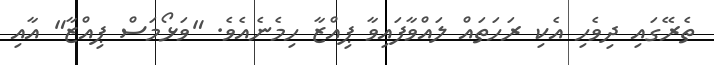
ތެރޭގައި ދިވެހި އެކި ރަހަތައް ލައްވާފައިވާ ޕިއްޒާ ހިމެނެއެވެ. "ވަޅޯމަސް ޕިއްޒާ" އާއި